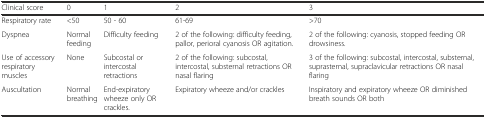
| Clinical score | 0 | 1 | 2 | 3 |
 | --- | --- | --- | --- | --- |
 | Respiratory rate | <50 | 50 - 60 | 61-69 | >70 |
 | Dyspnea | Normal feeding | Difficulty feeding | 2 of the following: difficulty feeding, pallor, perioral cyanosis OR agitation. | 2 of the following: cyanosis, stopped feeding OR drowsiness. |
 | Use of accessory respiratory muscles | None | Subcostal or intercostal retractions | 2 of the following: subcostal, intercostal, substernal retractions OR nasal flaring | 3 of the following: subcostal, intercostal, substernal, suprasternal, supraclavicular retractions OR nasal flaring |
 | Auscultation | Normal breathing | End-expiratory wheeze only OR crackles. | Expiratory wheeze and/or crackles | Inspiratory and expiratory wheeze OR diminished breath sounds OR both |